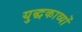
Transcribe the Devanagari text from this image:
युद्धकाव्यों